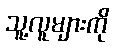
သူ့လူများကို